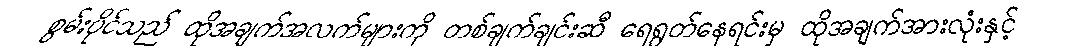
စွမ်းပိုင်သည် ထိုအချက်အလက်များကို တစ်ချက်ချင်းဆီ ရေရွတ်နေရင်းမှ ထိုအချက်အားလုံးနှင့်